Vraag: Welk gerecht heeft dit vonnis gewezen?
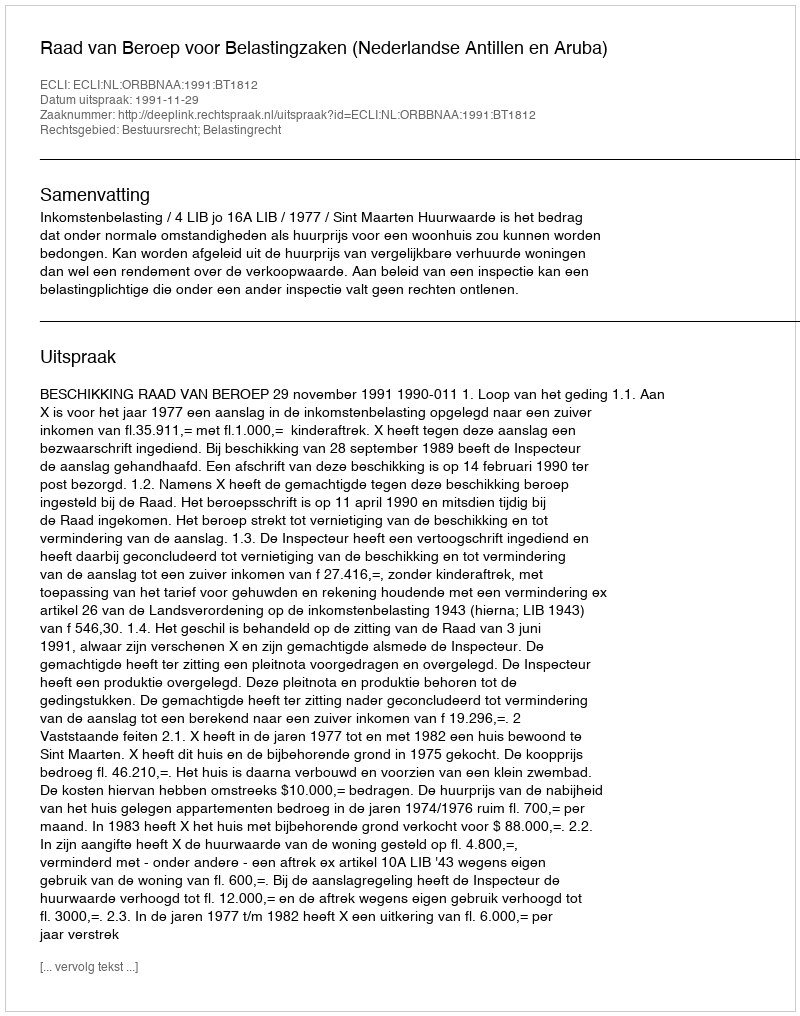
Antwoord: Raad van Beroep voor Belastingzaken (Nederlandse Antillen en Aruba)